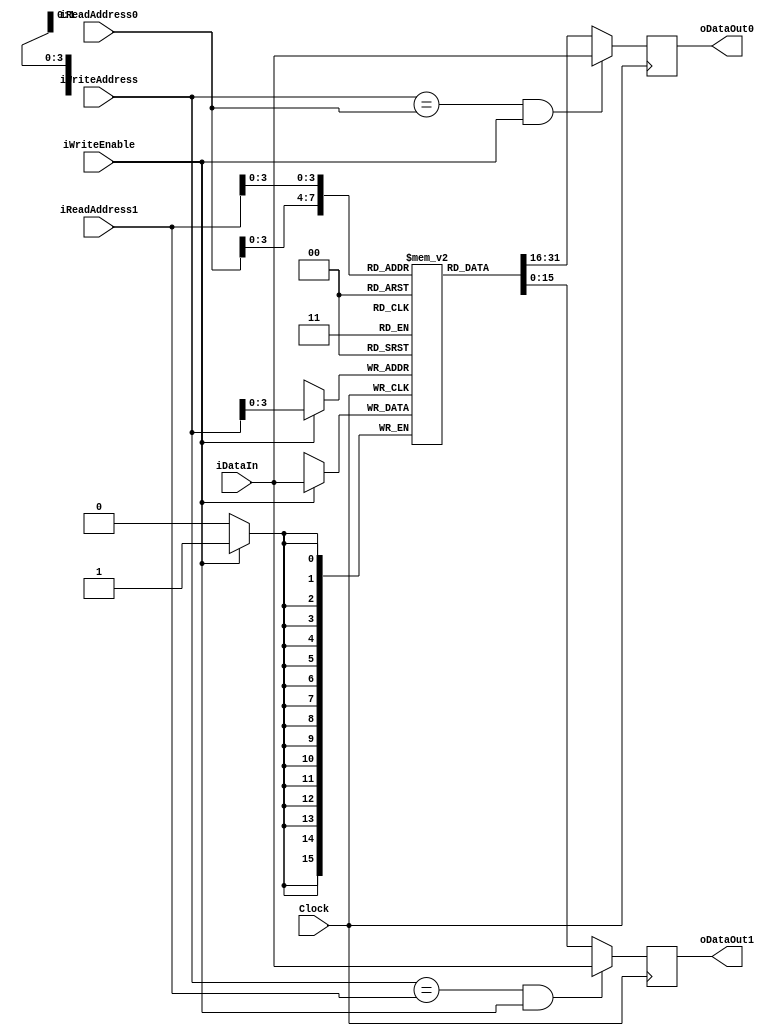
`timescale 1ns / 1ps

module RAM_DUAL_READ_PORT # ( parameter DATA_WIDTH= 16, parameter ADDR_WIDTH=8, parameter MEM_SIZE=8 )
(
	input wire						Clock,
	input wire						iWriteEnable,
	input wire[ADDR_WIDTH-1:0]	iReadAddress0,
	input wire[ADDR_WIDTH-1:0]	iReadAddress1,
	input wire[ADDR_WIDTH-1:0]	iWriteAddress,
	input wire[DATA_WIDTH-1:0]		 	iDataIn,
	output reg [DATA_WIDTH-1:0] 		oDataOut0,
	output reg [DATA_WIDTH-1:0] 		oDataOut1
);

reg [DATA_WIDTH-1:0] Ram [MEM_SIZE:0];		

always @(posedge Clock) 
begin 
	//////// FIX for PIPELINE
	//In case we try to read the value we are being told to write, give that value back
	// Else, just give the data stored
	oDataOut0 <=  ((iWriteAddress == iReadAddress0) && iWriteEnable) ? iDataIn : Ram[iReadAddress0]; 
	oDataOut1 <=  ((iWriteAddress == iReadAddress1) && iWriteEnable) ? iDataIn : Ram[iReadAddress1]; 
	
	if (iWriteEnable) 
		Ram[iWriteAddress] <=  iDataIn; 
		
end 
endmodule